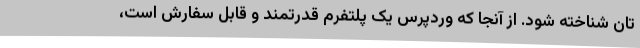
تان شناخته شود. از آنجا که وردپرس یک پلتفرم قدرتمند و قابل سفارش است،